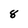
Character: 8